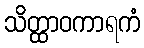
သိတ္ထာဝကာရကံ